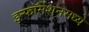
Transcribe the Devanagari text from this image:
इन्फॉर्मेशनमध्ये